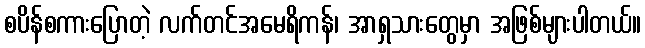
စပိန်စကားပြောတဲ့ လက်တင်အမေရိကန်၊ အာရှသားတွေမှာ အဖြစ်များပါတယ်။